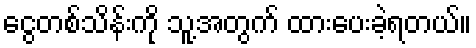
ငွေတစ်သိန်းကို သူ့အတွက် ထားပေးခဲ့ရတယ်။